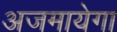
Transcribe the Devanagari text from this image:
अजमायेगा